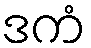
ဒကံ